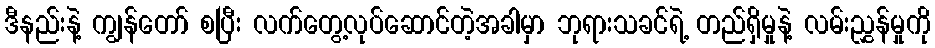
ဒီနည်းနဲ့ ကျွန်တော် စပြီး လက်တွေ့လုပ်ဆောင်တဲ့အခါမှာ ဘုရားသခင်ရဲ့ တည်ရှိမှုနဲ့ လမ်းညွှန်မှုကို